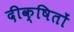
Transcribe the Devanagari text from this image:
दीक्षितों